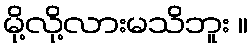
မို့လို့လားမသိဘူး ။